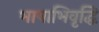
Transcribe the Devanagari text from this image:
भाषाभिवृद्धि